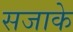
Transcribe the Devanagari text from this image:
सजाके